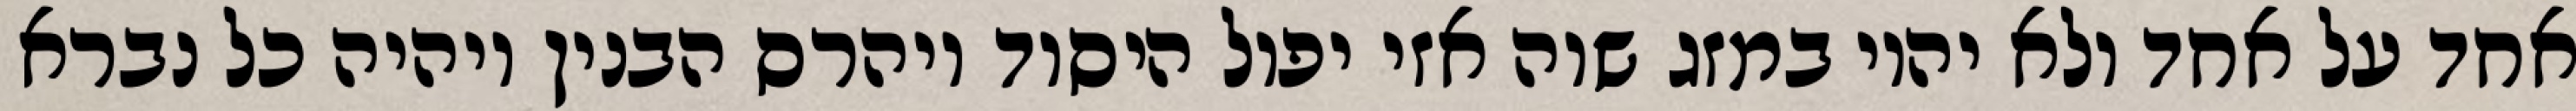
אחד על אחד ולא יהיו במזג שוה אזי יפול היסוד ויהרס הבנין ויהיה כל נברא